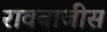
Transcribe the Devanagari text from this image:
रावबाजीस